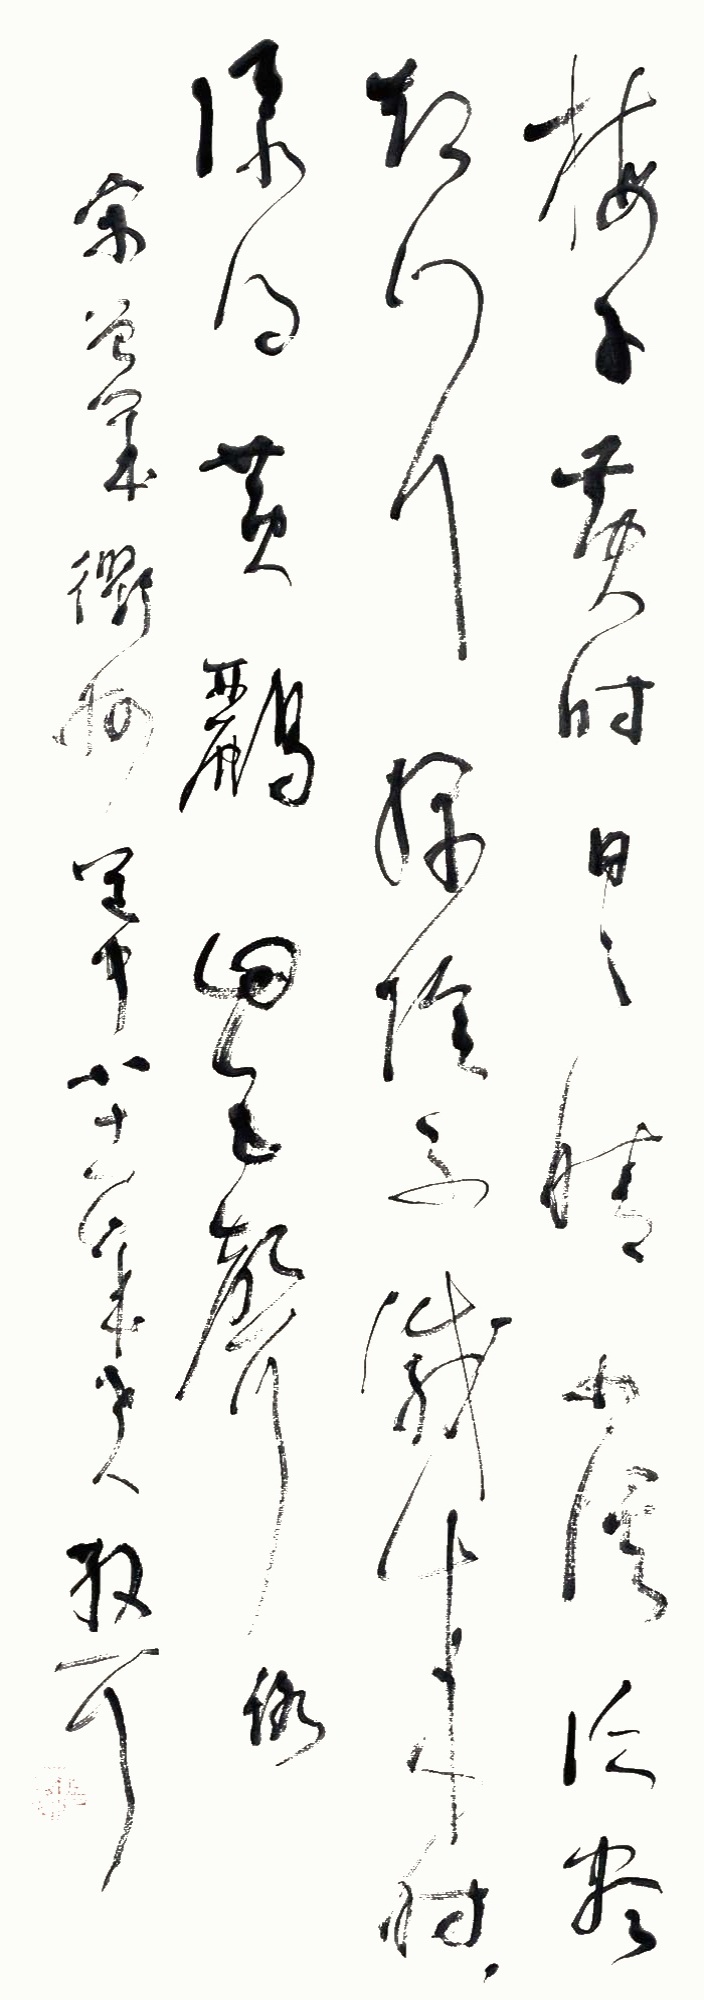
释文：梅子黄时日日晴，小溪泛尽却山行。绿阴不减来时路，添得黄鹂四五声。宋曾几衢州道中，八十一岁老人散耳。